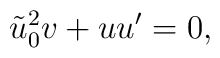
\tilde{u}_0^2 v + u u' = 0,